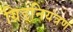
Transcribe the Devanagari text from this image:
ग्रिडनियंत्रण